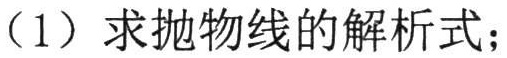
（1）求抛物线的解析式；